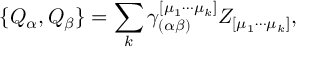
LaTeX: \{ Q _ { \alpha } , Q _ { \beta } \} = \sum _ { k } \gamma _ { ( \alpha \beta ) } ^ { [ \mu _ { 1 } \cdots \mu _ { k } ] } Z _ { [ \mu _ { 1 } \cdots \mu _ { k } ] } ,